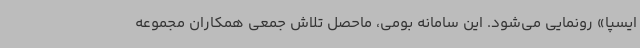
ایسپا» رونمایی می‌شود. این سامانه بومی، ماحصل تلاش جمعی همکاران مجموعه